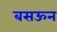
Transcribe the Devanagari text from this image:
बसऊन